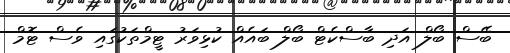
ބޭސް ބޯލް އަދި ބާސްކެޓް ބޯލް ބައެއް ކުޅިވަރު ޓީމްތަކުގައި ވެސް ޓޮމް